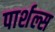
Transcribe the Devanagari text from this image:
पार्शल्स